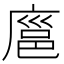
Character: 𪪝